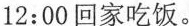
12:00回家吃饭。